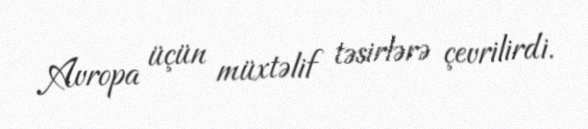
Avropa üçün müxtəlif təsirlərə çevrilirdi.